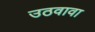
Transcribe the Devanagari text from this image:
उठवावा